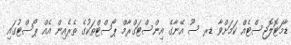
ޑާމަޓޮލޮޖިސްޓެއް ކަމަށްވާ ޑރ ސޫ އޭނާގެ އިންސްޓަގްރާމް ޕޯސްޓްތަކުގެ ތެރެއިން އެއް ޕޯސްޓުގައި